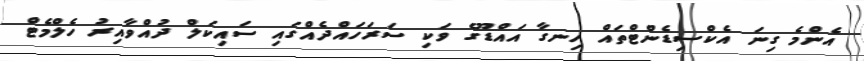
އެންމެ ގިނަ އެކްސިޑެންޓްތައް ހިނގާ އައްޑޫގެ ވަކި ސަރަހައްދެއްގައި ސައިކަލް ދުއްވާއިރު ހެލްމެޓް